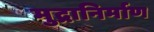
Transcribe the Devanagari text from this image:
मुद्रानिर्माण